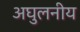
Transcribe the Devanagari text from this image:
अघुलनीय